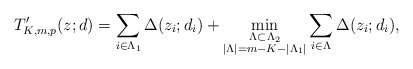
\begin{align*}T_{K,m,p}'(z;d)=\sum_{i\in\Lambda_1}\Delta(z_i;d_i)+\min_{\substack{\Lambda\subset\Lambda_2 \\ |\Lambda|=m-K-|\Lambda_1|}}\sum_{i\in\Lambda}\Delta(z_i;d_i),\end{align*}